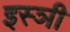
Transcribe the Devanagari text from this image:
इस्ञी